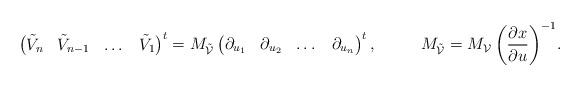
LaTeX: \begin{align*} \begin{pmatrix} \tilde{V}_n&\tilde{V}_{n-1}& \dots& \tilde{V}_1 \end{pmatrix}^t =M_{\tilde{\mathcal{V}}} \begin{pmatrix} \partial_{u_1}& \partial_{u_2}& \dots& \partial_{u_n} \end{pmatrix}^t,\qquad\! \quad\! M_{\tilde{\mathcal{V}}}=M_{\mathcal{V}}\left({\partial x\over \partial u}\right)^{-1}\!.\!\!\! \end{align*}